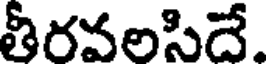
తీరవలసిదే.